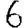
Digit: 6